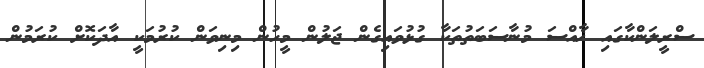
ސްރީލަންކާގައި ޚާއްސަ މުނާސަބަތުތަކާ ގުޅުވައިގެން ޖަލުން މީހުން މިނިވަން ކުރުމަކީ އާދަކޮށް ކުރަމުން